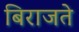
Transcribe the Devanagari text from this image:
बिराजते